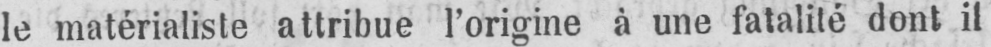
le matérialiste attribue l’origine à une fatalité dont il